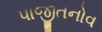
પાજીતનોવ